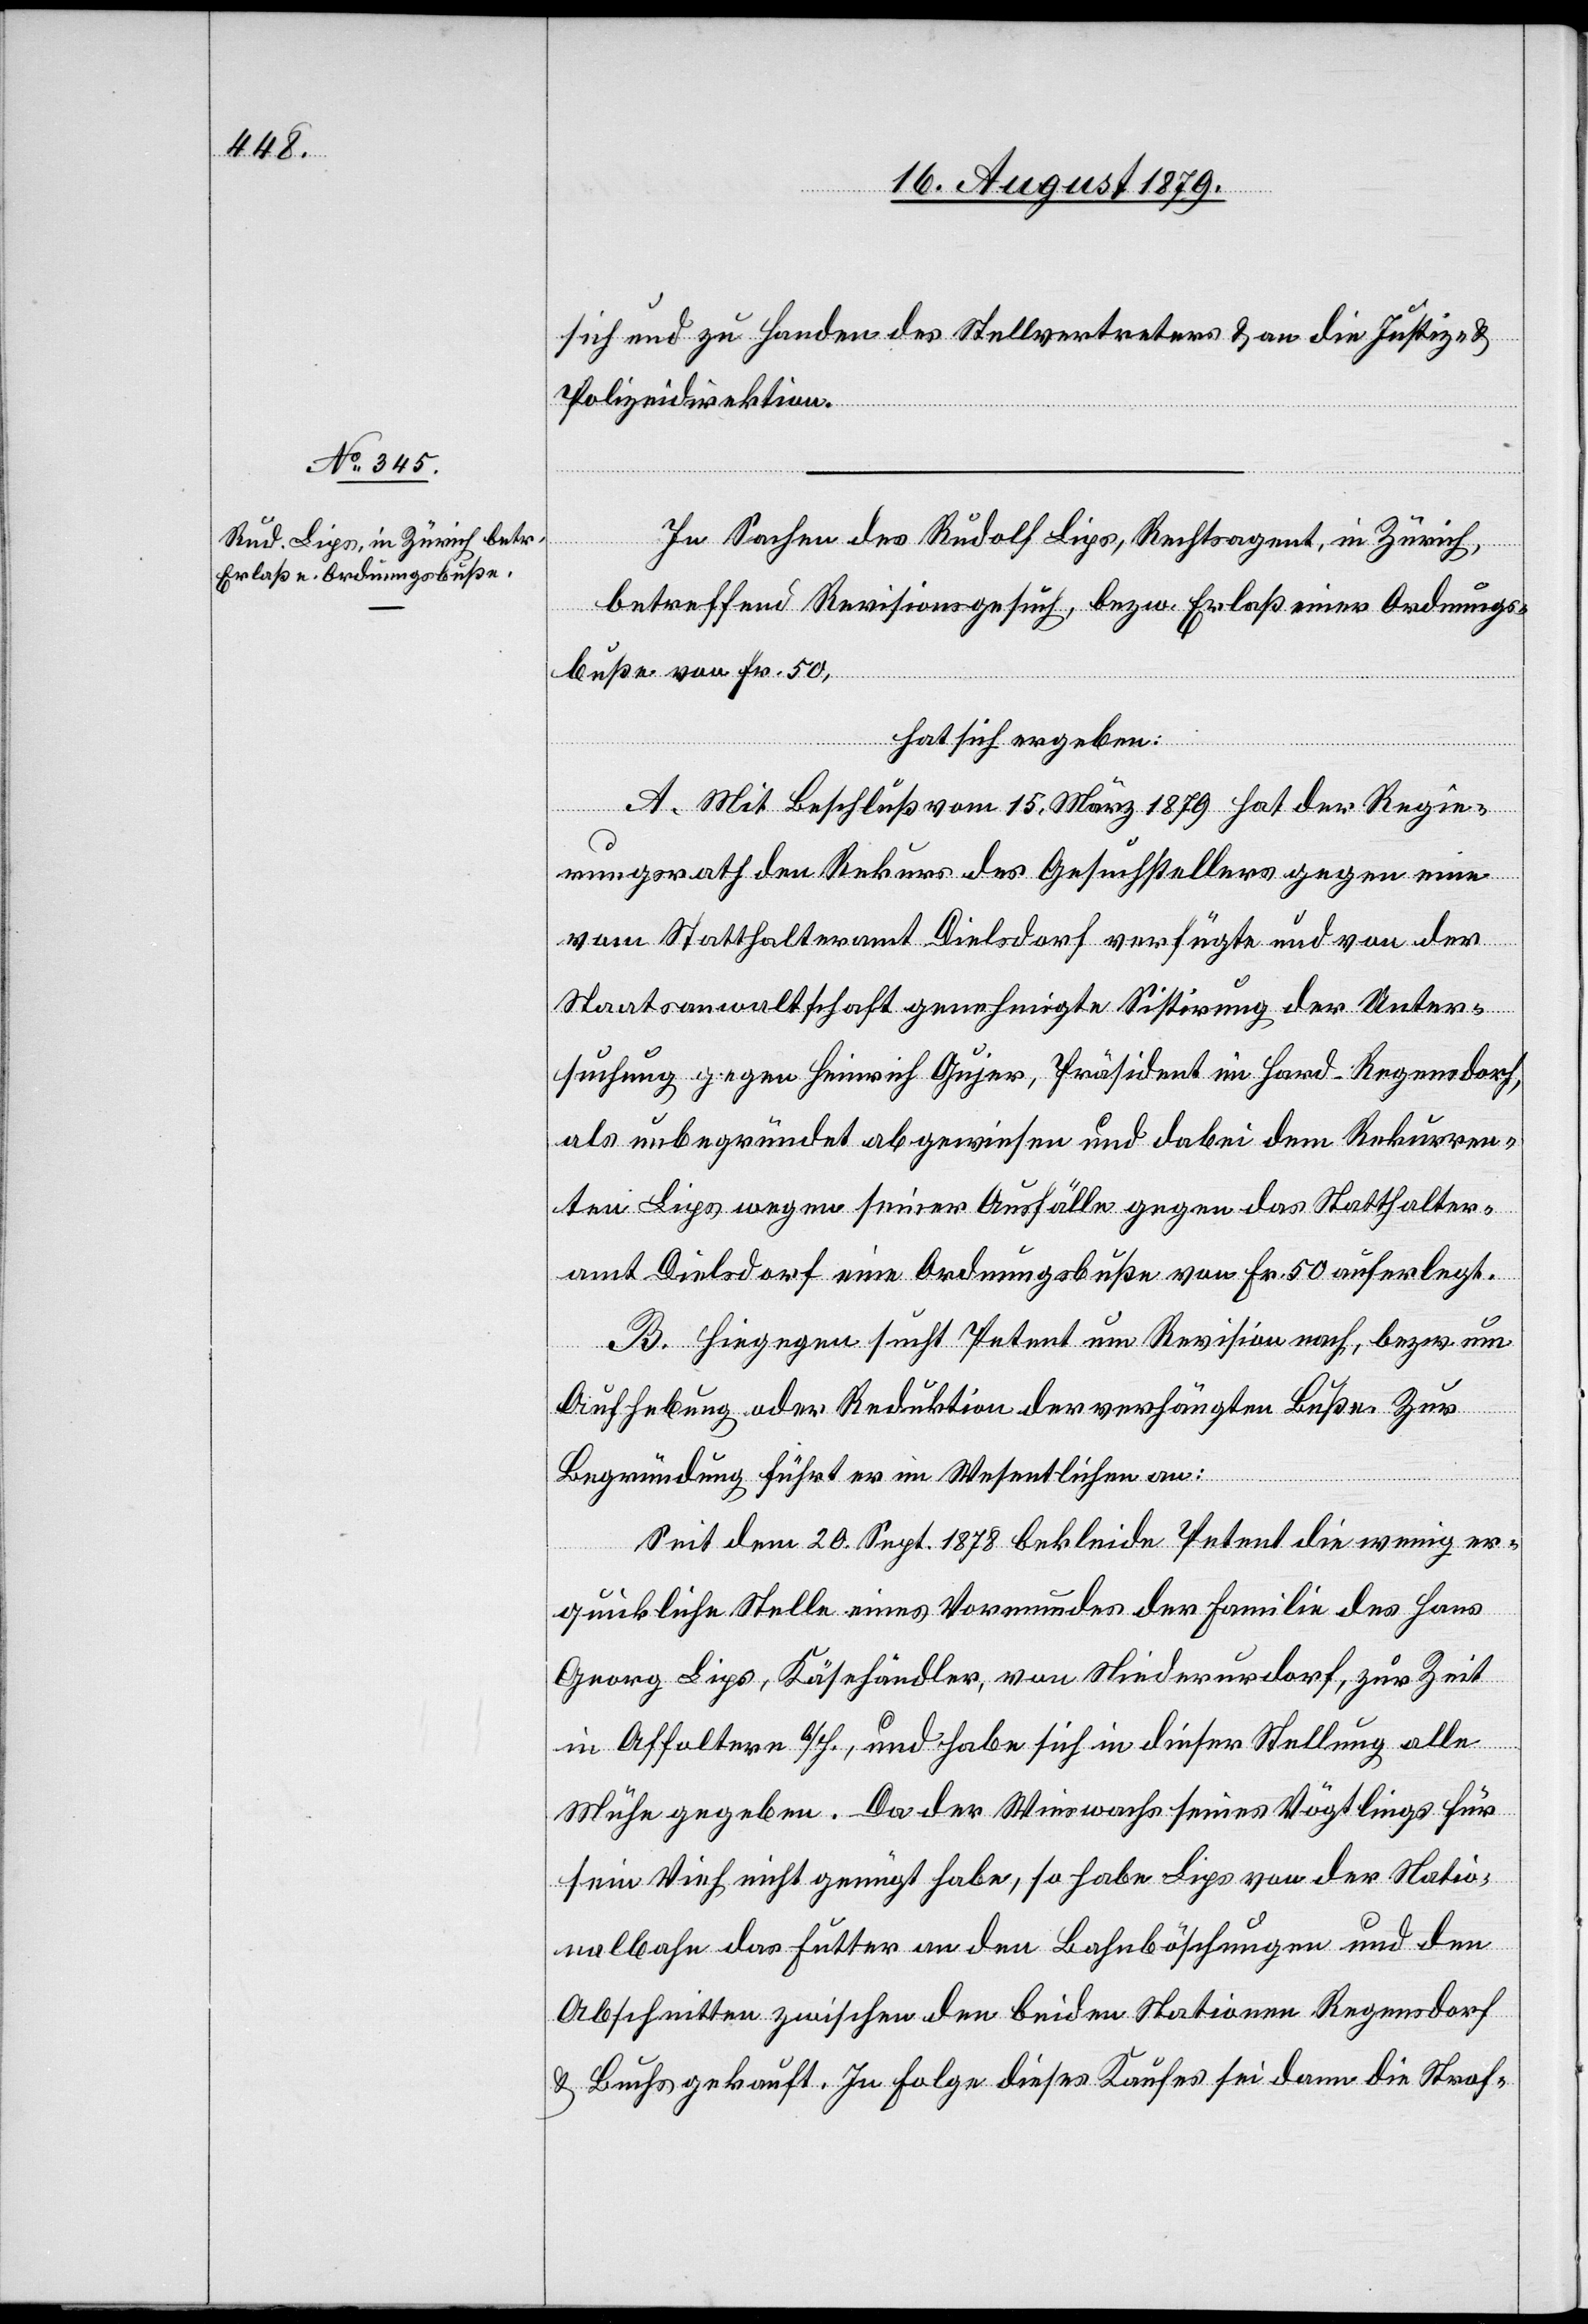
sich und zu Handen des Stellvertreters & an die Justiz- &
Polizeidirektion.
In Sachen des Rudolf Lips, Rechtsagent, in Zürich,
betreffend Revisionsgesuch, bezw. Erlaß einer Ordnungs¬
buße von Fr. 50,
hat sich ergeben:
A. Mit Beschluß vom 15. März 1879 hat der Regie¬
rungsrath den Rekurs des Gesuchstellers gegen eine
vom Statthalteramt Dielsdorf verfügte und von der
Staatsanwaltschaft genehmigte Sistirung der Unter¬
suchung gegen Heinrich Gujer, Präsident im Hard - Regensdorf,
als unbegründet abgewiesen und dabei dem Rekurren¬
ten Lips wegen seiner Ausfälle gegen das Statthalter¬
amt Dielsdorf eine Ordnungsbuße von Fr. 50 auferlegt.
B. Hiegegen sucht Petent um Revision nach, bezw. um
Aufhebung oder Reduktion der vorgehängten Buße. Zur
Begründung führt er im Wesentlichen an:
Seit dem 20. Sept. 1878 bekleide Petent die wenig er¬
quickliche Stelle eines Vormundes der Familie des Hans
Georg Lips, Käsehändler, von Niederurdorf, zur Zeit
in Affoltern b/H., und habe sich in dieser Stellung alle
Mühe gegeben. Da der Wieswachs seines Vögtlings für
sein Vieh nicht genügt habe, so habe Lips von der Natio¬
nalbahn das Futter an den Bahnböschungen und den
Abschritten zwischen den beiden Nationen Regensdorf
& Buchs gekauft. In Folge dieses Kaufes sei dann die Straf-